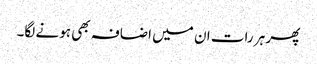
پھر ہر رات ان میں اضافہ بھی ہونے لگا۔